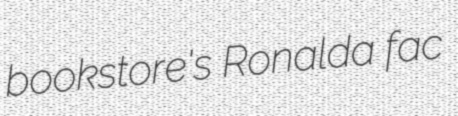
bookstore's Ronalda fac